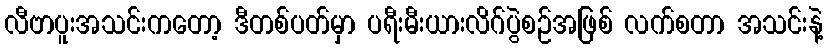
လီဗာပူးအသင်းကတော့ ဒီတစ်ပတ်မှာ ပရီးမီးယားလိဂ်ပွဲစဉ်အဖြစ် လက်စတာ အသင်းနဲ့